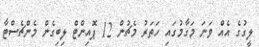
ލީގުގެ އެއް ވަނަ މަގާމުގައި ހަަތަރު މެޗުން 12 ޕޮއިންޓް ލިބިގެން މެންޗެސްޓާ